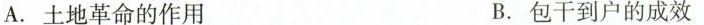
A.土地革命的作用 B.包干到户的成效